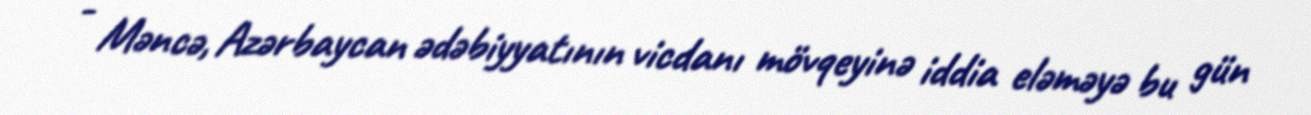
- Məncə, Azərbaycan ədəbiyyatının vicdanı mövqeyinə iddia eləməyə bu gün